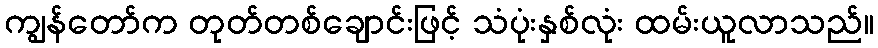
ကျွန်တော်က တုတ်တစ်ချောင်းဖြင့် သံပုံးနှစ်လုံး ထမ်းယူလာသည်။